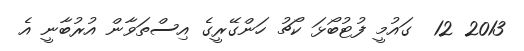
2013 12  ގައުމީ ފުޓުބޯޅަ ކޯޗު ހަންގޭރީގެ އިސްތަވާން އުރުބާނީ އެ